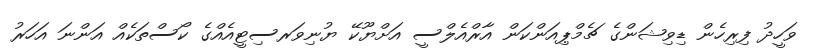
ވަހީދު ފިރިހެން ޑިވިޝަންގެ ޗެމްޕިއަންކަން އާރްއެލްސީ އަށްޔޫކޭ ޔުނިވަރސިޓީއެއްގެ ކޯސްތަކެއް އަންނަ އަހަރު